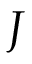
{ \cal J }